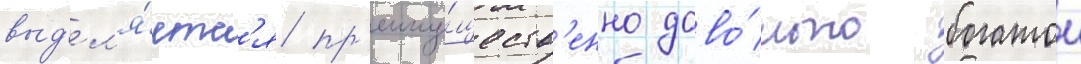
выд'ел'я́етс'я пр'еиму́ществ'енно дово́льно богатои